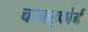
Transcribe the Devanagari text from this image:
चरकइफोर्म